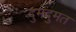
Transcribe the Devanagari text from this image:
दुमदुमत